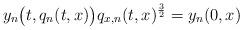
LaTeX: \begin{align*}y_n\big(t,q_n(t,x)\big)q_{x,n}(t,x)^{\frac{3}{2}}=y_n(0,x)\end{align*}